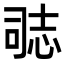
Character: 𭝝